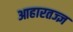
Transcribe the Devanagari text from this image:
आहारतज्ज्ञ